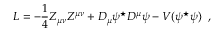
L = - \frac { 1 } { 4 } Z _ { \mu \nu } Z ^ { \mu \nu } + D _ { \mu } \psi ^ { \star } D ^ { \mu } \psi - V ( \psi ^ { \star } \psi ) \; \; ,